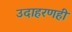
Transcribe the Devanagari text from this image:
उदाहरणही